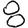
Digit: 8